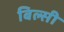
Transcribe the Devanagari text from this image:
बिल्‍सी